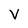
Character: V